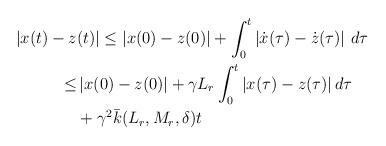
LaTeX: \begin{align*}\begin{aligned}|x(t)-z&(t)| \le |x(0)-z(0)|+\int_0^t \left| \dot{x}(\tau)-\dot{z}(\tau) \right| \,d\tau\\\le &\, |x(0)-z(0)|+ \gamma L_r \int_0^t |x(\tau)-z(\tau)| \,d\tau\\&+ \gamma^2 \bar k(L_r,M_r, \delta) t\end{aligned}\end{align*}